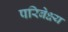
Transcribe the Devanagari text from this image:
परिबेक्ष्य